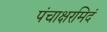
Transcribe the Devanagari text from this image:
पंचाक्षरमिदं